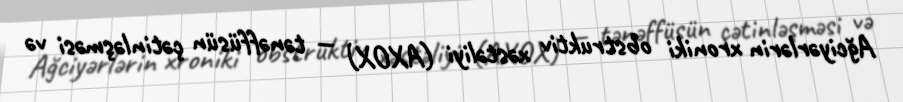
Ağciyərlərin xroniki obstruktiv xəstəliyi (AXOX) — tənəffüsün çətinləşməsi və